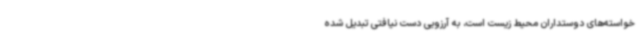
خواسته‌های دوستداران محیط‌ زیست است، به آرزویی دست نیافتی تبدیل شده